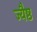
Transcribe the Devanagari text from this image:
ज्यैष्ठ